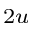
_ { 2 u }